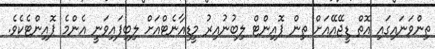
ތިންވަނައިގައި އޮތް ޑީޖޭއޭއަށް ތިން ޕޮއިންޓް ލިބުނުއިރު މީޑިއާނެޓްއަށް ލިބިފައިވަނީ އެންމެ ޕޮއިންޓެކެވެ.